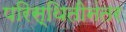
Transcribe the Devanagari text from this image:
परिस्थितीनंतर